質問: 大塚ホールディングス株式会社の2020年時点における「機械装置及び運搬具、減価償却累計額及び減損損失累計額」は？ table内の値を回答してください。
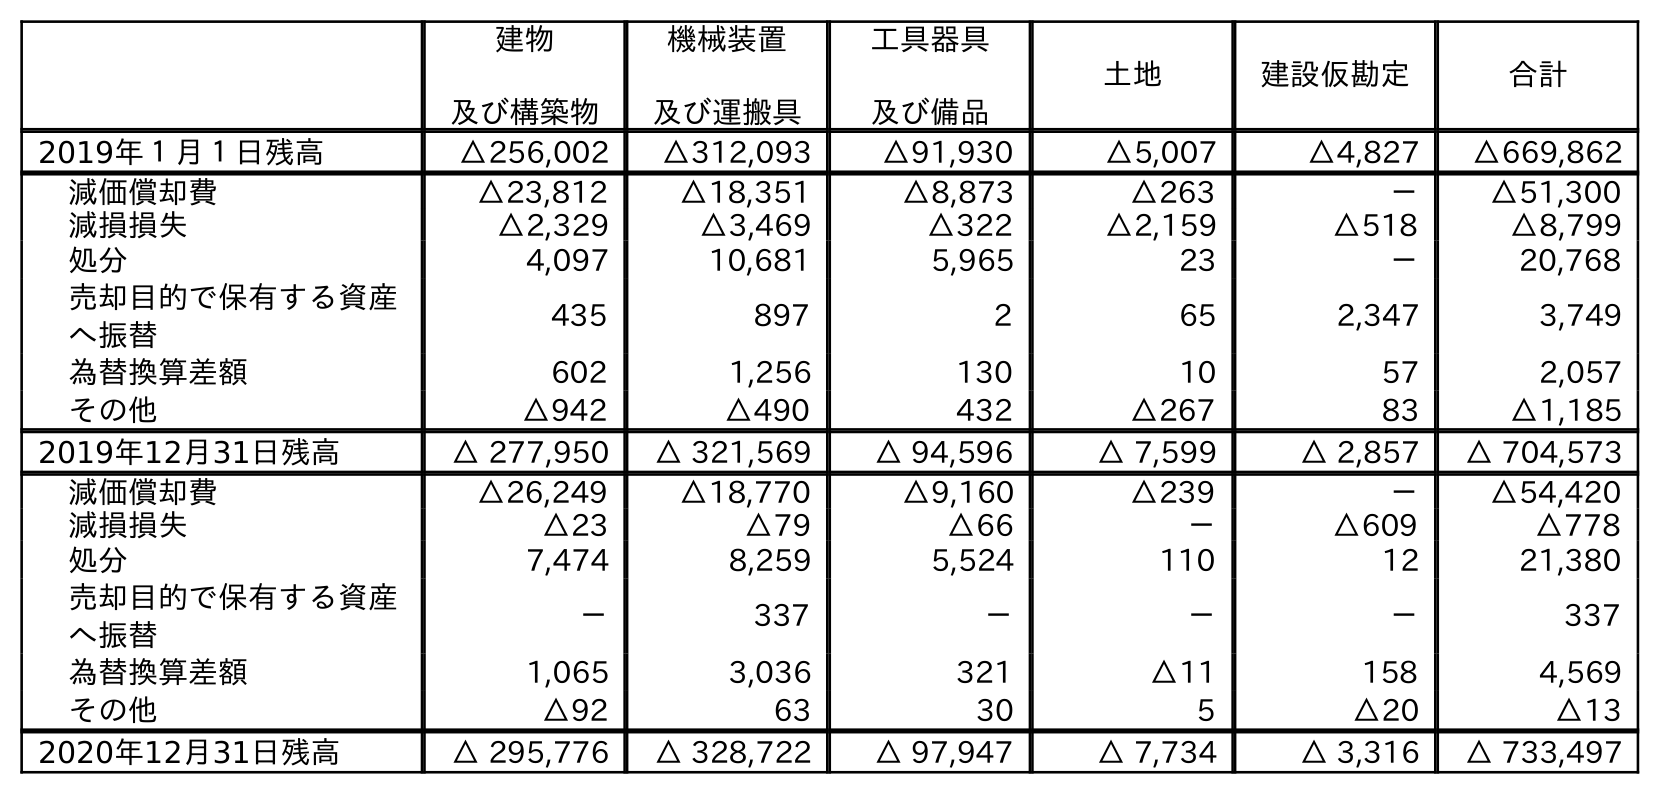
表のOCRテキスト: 建物 及び構築物 機械装置 及び運搬具 工具器具 及び備品 土地 建設仮勘定 合計 2019年１月１日残高 △256,002 △312,093 △91,930 △5,007 △4,827 △669,862 減価償却費 △23,812 △18,351 △8,873 △263 － △51,300 減損損失 △2,329 △3,469 △322 △2,159 △518 △8,799 処分 4,097 10,681 5,965 23 － 20,768 売却目的で保有する資産 へ振替 435 897 2 65 2,347 3,749 為替換算差額 602 1,256 130 10 57 2,057 その他 △942 △490 432 △267 83 △1,185 2019年12月31日残高 △ 277,950 △ 321,569 △ 94,596 △ 7,599 △ 2,857 △ 704,573 減価償却費 △26,249 △18,770 △9,160 △239 － △54,420 減損損失 △23 △79 △66 － △609 △778 処分 7,474 8,259 5,524 110 12 21,380 売却目的で保有する資産 へ振替 － 337 － － － 337 為替換算差額 1,065 3,036 321 △11 158 4,569 その他 △92 63 30 5 △20 △13 2020年12月31日残高 △ 295,776 △ 328,722 △ 97,947 △ 7,734 △ 3,316 △ 733,497
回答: △328,722